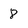
Character: 8